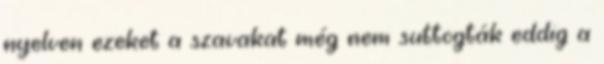
nyelven ezeket a szavakat még nem suttogták eddig a